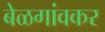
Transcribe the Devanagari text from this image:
बेळगांवकर